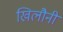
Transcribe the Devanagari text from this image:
खिलौनी